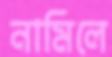
নামিলে